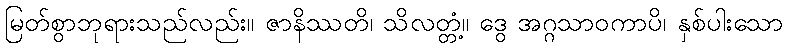
မြတ်စွာဘုရားသည်လည်း။ ဇာနိဿတိ၊ သိလတ္တံ့။ ဒွေ အဂ္ဂသာဝကာပိ၊ နှစ်ပါးသော